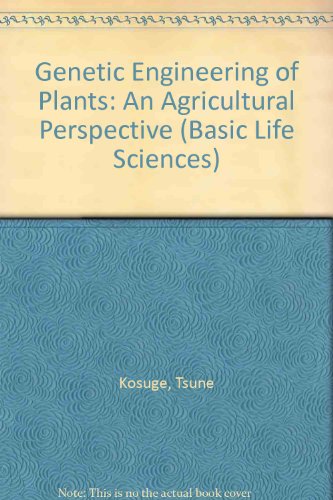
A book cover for Genetic Engineering of Plants (NATO Conference Series); Tsune Kosuge; Health, Fitness & Dieting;